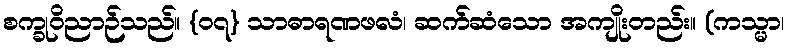
စက္ခုဝိညာဉ်သည်။ {၀၇} သာဓာရဏဖလံ၊ ဆက်ဆံသော အကျိုးတည်း။ (ကသ္မာ၊